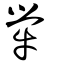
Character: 犖